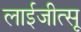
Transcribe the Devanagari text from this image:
लाईजीत्सू